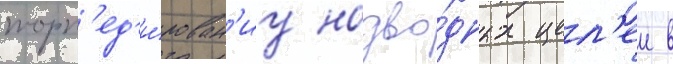
торп'ед'и́рован'иу надво́дных цел'еи в